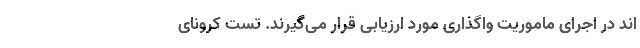
اند در اجرای ماموریت واگذاری مورد ارزیابی قرار می‌گیرند. تست کرونای